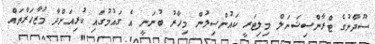
ސޫދާނުގެ ޓްރާންސިޝަނަލް މިލިޓަރީ ކައުންސިލުން މިހާރު ބުނަނީ އެ ގައުމުގައި ކުރިއަށްދާ މުޒާހަރާތައް